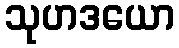
သုဟဒယော